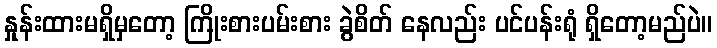
နှုန်းထားမရှိမှတော့ ကြိုးစားပမ်းစား ခွဲစိတ် နေလည်း ပင်ပန်းရုံ ရှိတော့မည်ပဲ။